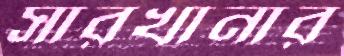
সারখানার